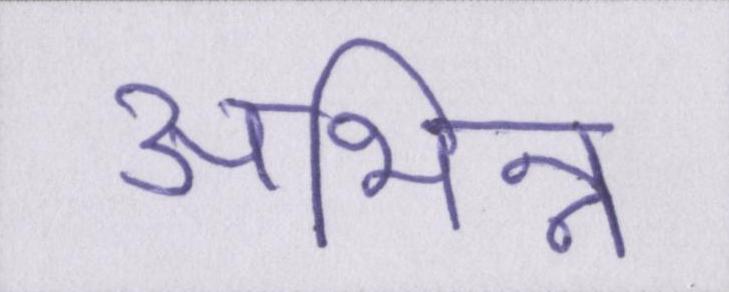
अभिन्न